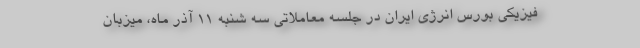
فیزیکی بورس انرژی ایران در جلسه معاملاتی سه شنبه ۱۱ آذر ماه، میزبان